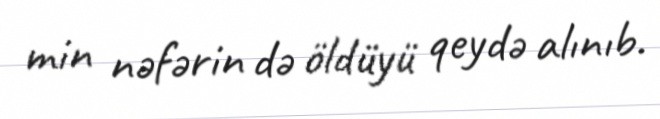
min nəfərin də öldüyü qeydə alınıb.